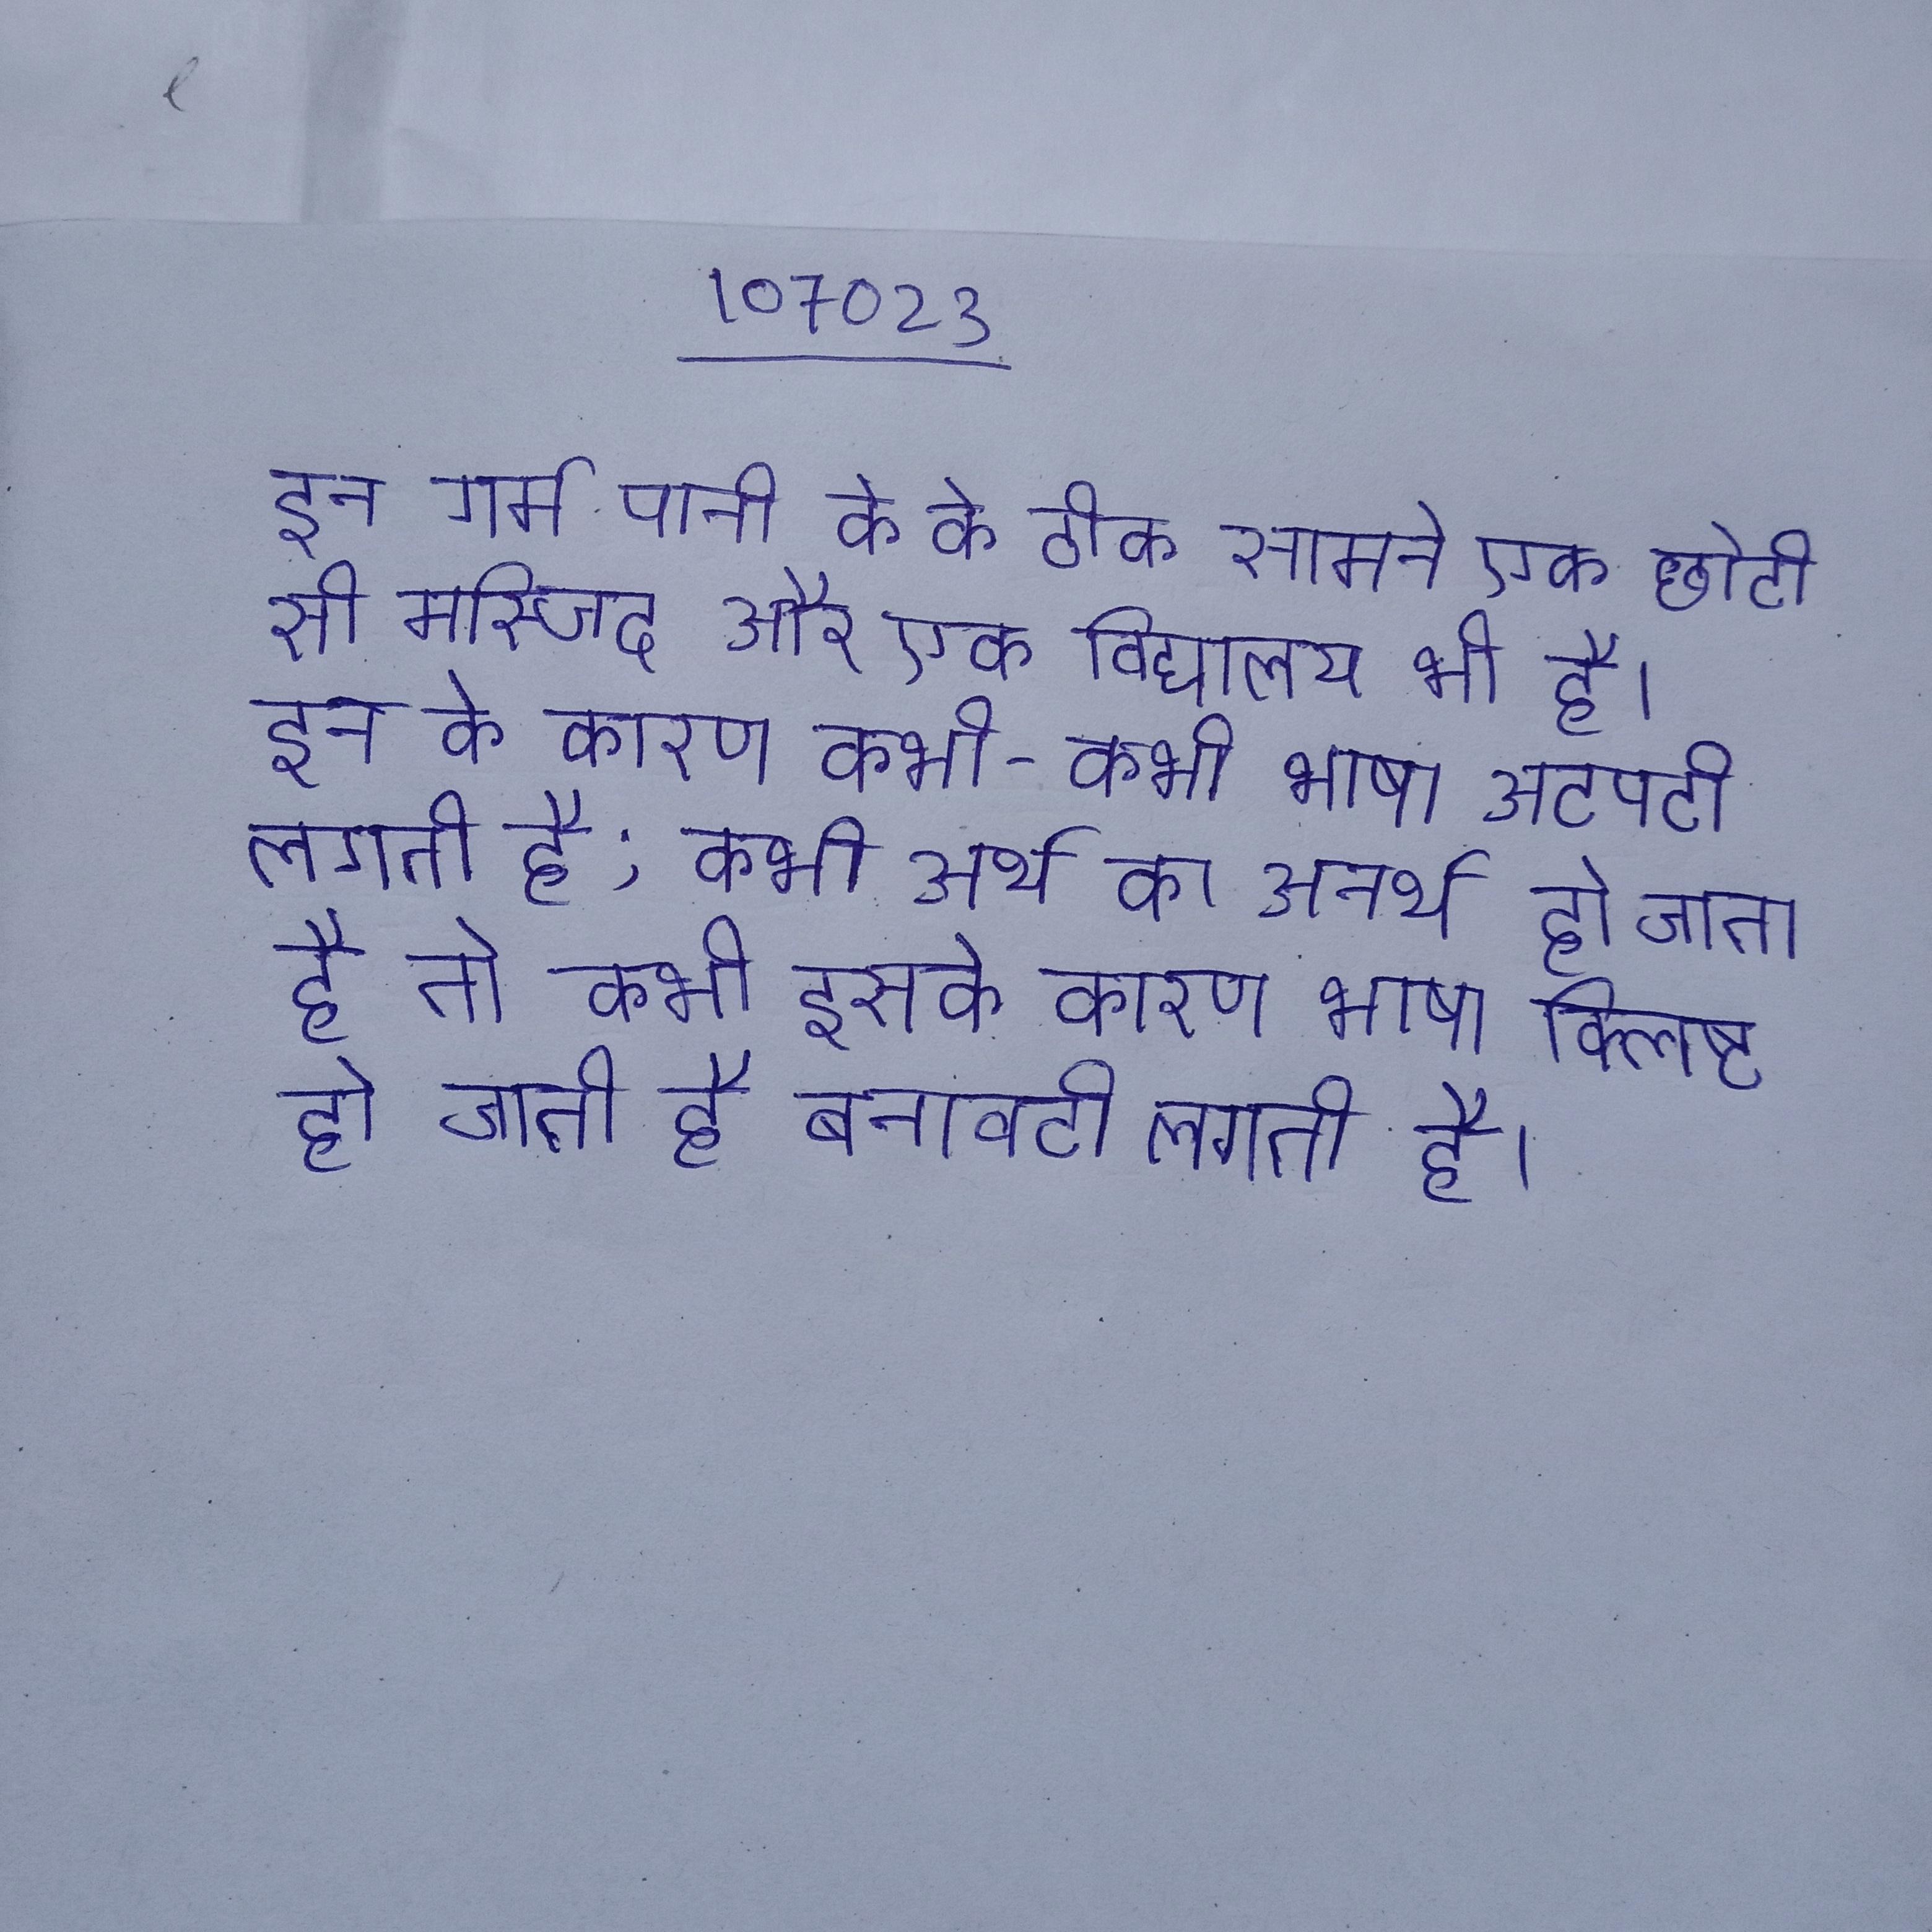
इन गर्म पानी के के ठीक सामने एक छोटी सी मस्जिद और एक विद्यालय भी है । इन के कारण कभी-कभी भाषा अटपटी लगती है; कभी अर्थ का अनर्थ हो जाता है तो कभी इसके कारण भाषा क्लिष्ट हो जाती है बनावटी लगती है ।